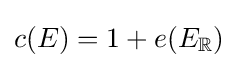
c(E)=1+e(E_{\mathbb {R} })